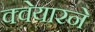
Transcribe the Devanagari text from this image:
क्वेयारने